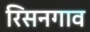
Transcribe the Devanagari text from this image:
रिसनगाव